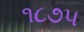
૧૮૭૫